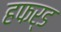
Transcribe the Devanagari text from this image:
हफर्ड